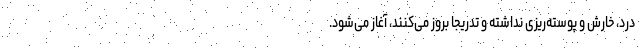
درد، خارش و پوسته‌ریزی نداشته و تدریجا بروز می‌کنند، آغاز می‌شود.